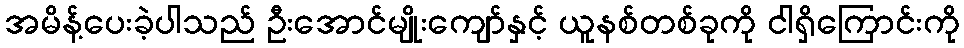
အမိန့်ပေးခဲ့ပါသည် ဦးအောင်မျိုးကျော်နှင့် ယူနစ်တစ်ခုကို ငါရှိကြောင်းကို